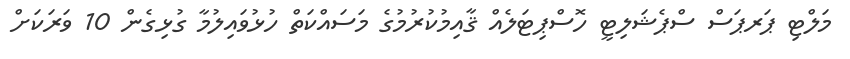
މަލްޓި ޕަރޕަސް ސްޕެޝަލިޓީ ހޮސްޕިޓަލެއް ޤާއިމުކުރުމުގެ މަސައްކަތް ހުޅުވައިލުމާ ގުޅިގެން 10 ވަރަކަށް